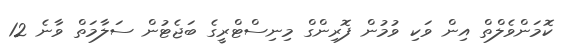
ކޮމަންވެލްތް އިން ވަކި ވުމުން ފޮރިންގް މިނިސްޓްރީގެ ބަޖެޓުން ސަލާމަތް ވާނެ 12